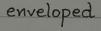
enveloped